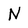
Character: N